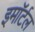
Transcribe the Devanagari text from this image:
इमॉर्टल